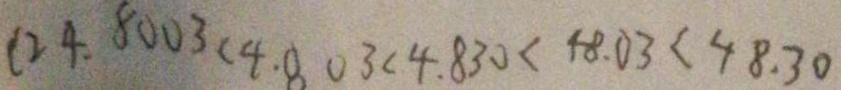
( 2 4 . 8 0 0 3 < 4 . 8 0 3 < 4 . 8 3 0 < 4 8 . 0 3 < 4 8 . 3 0